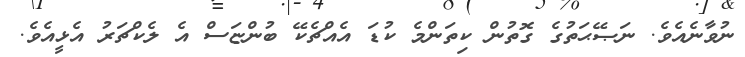
ނުވާނެއެވެ. ނަޞޭޙަތުގެ ގޮތުން ކިތަންމެ ކުޑަ އެއްޗެކޭ ބުންޏަސް އެ ލެކްޗަރު އެޅީއެވެ.